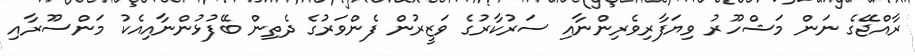
ރާއްޖޭގެ ނަން މަޝްހޫރު ވިޔަފާރިވެރިންނާއި ސަރުކާރުގެ ވަޒީރުން ފެންވަރުގެ ދެތިން ބޭފުޅުންނާއިއެކު މަންސޫރާއި